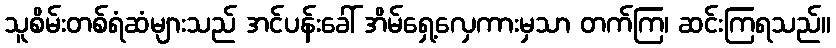
သူစိမ်းတစ်ရံဆံများသည် အင်ပန်းခေါ် အိမ်ရှေ့လှေကားမှသာ တက်ကြ၊ ဆင်းကြရသည်။